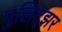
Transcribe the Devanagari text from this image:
पुलिट्झर